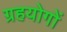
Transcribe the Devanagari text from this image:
ग्रहयोगों